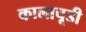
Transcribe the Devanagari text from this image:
कालाचूडी